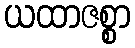
ယထာဇစ္စာ